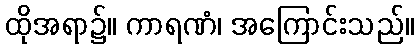
ထိုအရာ၌။ ကာရဏံ၊ အကြောင်းသည်။